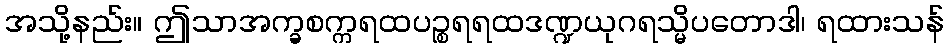
အသို့နည်း။ ဤသာအက္ခစက္ကရထပဉ္စရရထဒဏ္ဍယုဂရသ္မိပတောဒါ၊ ရထားသန်